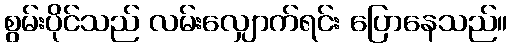
စွမ်းပိုင်သည် လမ်းလျှောက်ရင်း ပြောနေသည်။